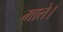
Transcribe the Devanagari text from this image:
माते।